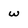
Character: w